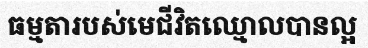
ធម្មតារបស់មេជីវិតឈ្មោលបានល្អ